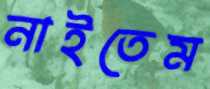
নাইতেম